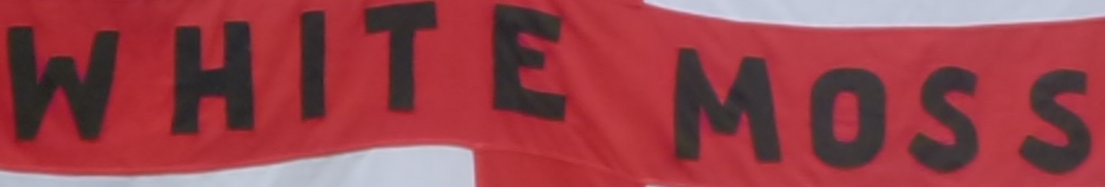
WHITE MOSS